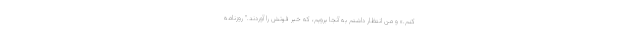
کنم.» و من انتظار داشتم به آنجا برویم، که خبر فوتش را آوردند." روزنامه